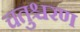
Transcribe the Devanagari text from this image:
चतुश्चरण